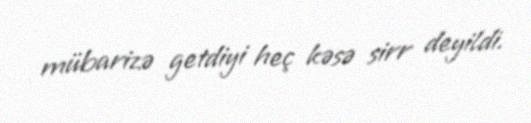
mübarizə getdiyi heç kəsə sirr deyildi.